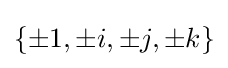
\{\pm 1,\pm i,\pm j,\pm k\}